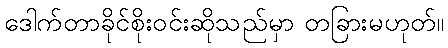
ဒေါက်တာခိုင်စိုးဝင်းဆိုသည်မှာ တခြားမဟုတ်။